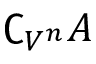
\complement _ { V ^ { n } } A